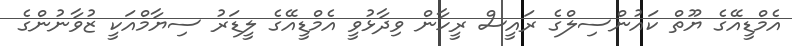
އެމްޑީއޭގެ ޔޫތް ކައުންސިލްގެ ރައީސް ރީހާން ވިދާޅުވީ އެމްޑީއޭގެ ލީޑަރު ސިޔާމްއަކީ ޒުވާނުންގެ